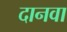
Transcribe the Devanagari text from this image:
दानवा